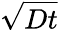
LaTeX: \sqrt{Dt}